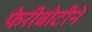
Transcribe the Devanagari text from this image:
फेरीबोटीने